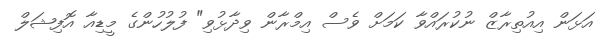
އަޅަން އިއުތިރާޒް ނުކުރައްވާ ކަމަށް ވެސް އިމްރާން ވިދާޅުވި" ފުލުހުންގެ މީޑިއާ އޮފިޝަލް